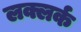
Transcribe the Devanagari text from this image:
लक्लर्क